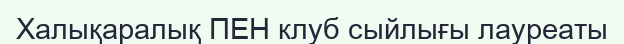
Халықаралық ПЕН клуб сыйлығы лауреаты